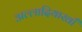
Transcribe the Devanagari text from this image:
अल्लादियाखाँ